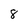
Character: 8